Indian journal of veterinary science and animal husbandry - Volume 5,
Year: 1935
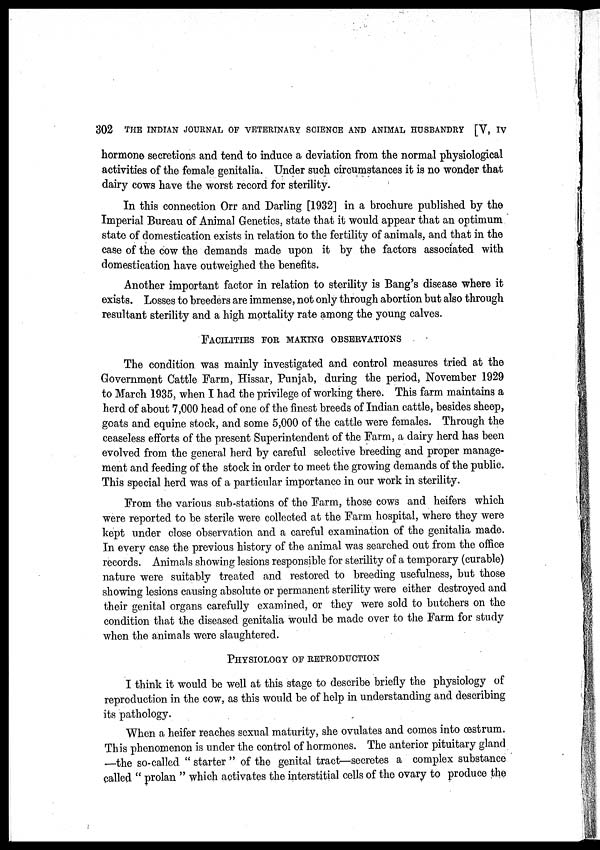
302 THE INDIAN JOURNAL OF VETERINARY SCIENCE AND ANIMAL HUSBANDRY [V, IV
hormone secretions and tend to induce a deviation from the normal physiological
activities of the female genitalia. Under such circumstances it is no wonder that
dairy cows have the worst record for sterility.
In this connection Orr and Darling [1932] in a brochure published by the
Imperial Bureau of Animal Genetics, state that it would appear that an optimum
state of domestication exists in relation to the fertility of animals, and that in the
case of the cow the demands made upon it by the factors associated with
domestication have outweighed the benefits.
Another important factor in relation to sterility is Bang's disease where it
exists. Losses to breeders are immense, not only through abortion but also through
resultant sterility and a high mortality rate among the young calves.
FACILITIES FOR MAKING OBSERVATIONS
The condition was mainly investigated and control measures tried at the
Government Cattle Farm, Hissar, Punjab, during the period, November 1929
to March 1935, when I had the privilege of working there. This farm maintains a
herd of about 7,000 head of one of the finest breeds of Indian cattle, besides sheep,
goats and equine stock, and some 5,000 of the cattle were females. Through the
ceaseless efforts of the present Superintendent of the Farm, a dairy herd has been
evolved from the general herd by careful selective breeding and proper manage-
ment and feeding of the stock in order to meet the growing demands of the public.
This special herd was of a particular importance in our work in sterility.
From the various sub-stations of the Farm, those cows and heifers which
were reported to be sterile were collected at the Farm hospital, where they were
kept under close observation and a careful examination of the genitalia made.
In every case the previous history of the animal was searched out from the office
records. Animals showing lesions responsible for sterility of a temporary (curable)
nature were suitably treated and restored to breeding usefulness, but those
showing lesions causing absolute or permanent sterility were either destroyed and
their genital organs carefully examined, or they were sold to butchers on the
condition that the diseased genitalia would be made over to the Farm for study
when the animals were slaughtered.
PHYSIOLOGY OF REPRODUCTION
I think it would be well at this stage to describe briefly the physiology of
reproduction in the cow, as this would be of help in understanding and describing
its pathology.
When a heifer reaches sexual maturity, she ovulates and comes into œstrum.
This phenomenon is under the control of hormones. The anterior pituitary gland
—the so-called " starter " of the genital tract—secretes a complex substance
called " prolan " which activates the interstitial cells of the ovary to produce the